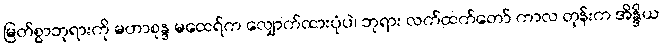
မြတ်စွာဘုရားကို မဟာစုန္ဒ မထေရ်က လျှောက်ထားပုံပဲ၊ ဘုရား လက်ထက်တော် ကာလ တုန်းက အိန္ဒိယ